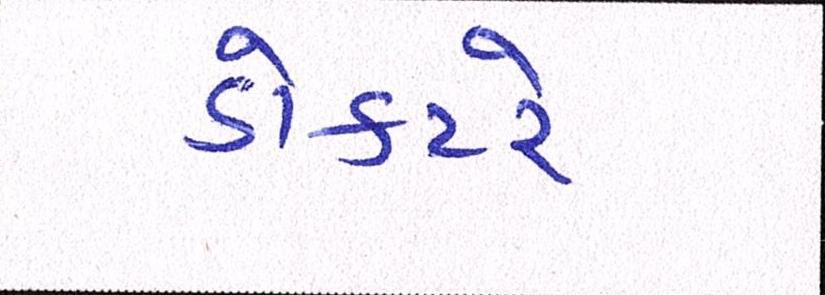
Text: ડોક્ટરે